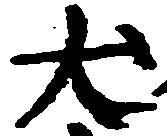
犬